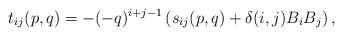
LaTeX: \begin{align*}t_{i j }(p,q)=-(-q)^{i+j-1}\left(s_{ij}(p,q)+\delta(i,j)B_i B_j\right),\end{align*}